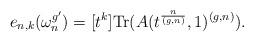
LaTeX: \begin{align*}e_{n,k}(\omega_n^{g'}) = [t^k] \mathrm{Tr}(A(t^{\frac{n}{(g,n)}},1)^{(g,n)}).\end{align*}